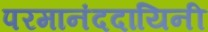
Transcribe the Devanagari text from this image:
परमानंददायिनी